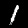
Label: 1